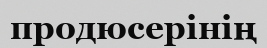
продюсерінің